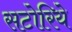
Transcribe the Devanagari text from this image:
सटोरिये